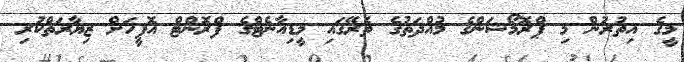
މީގެ އިތުރުން މި ޕްރޮމޯޝަންގެ މުއްދަތުގެ ތެރޭގައި މީޑިއާނެޓްގެ ފްރޮންޓް އޮފީހަށް ޒިޔާރަތްކުރި